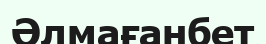
Әлмағанбет